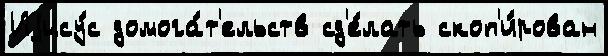
Иjису́с домога́т'ельств сд'е́лать скоп'и́рован